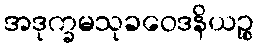
အဒုက္ခမသုခဝေဒနိယဉ္စ